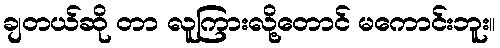
ချတယ်ဆို တာ လူကြားလို့တောင် မကောင်းဘူး။